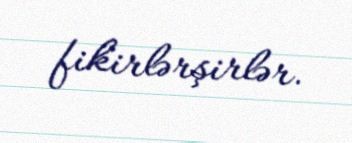
fikirlərşirlər.